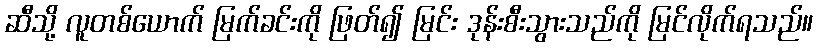
ဆီသို့ လူတစ်ယောက် မြက်ခင်းကို ဖြတ်၍ မြင်း ဒုန်းစီးသွားသည်ကို မြင်လိုက်ရသည်။